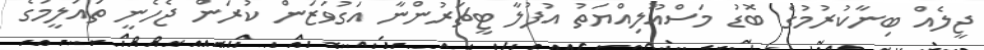
ޖީލެއް ބިނާކުރުމުގެ ބޮޑު މަސްއޫލިއްޔަތު އުފުލާ ޓީޗަރުންނާ އަގުވަޒަން ކުރަން ޖެހެނީ ތައުލީމުގެ